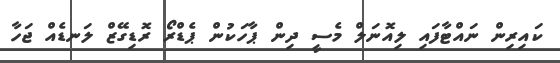
ކައިރިން ނައްޓާފައި ލިއޮނަލް މެސީ ދިން ޕާހަކުން ޕެޑްރޯ ރޮޑިގޭޒް ލަނޑެއް ޖަހާ